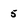
Character: 5